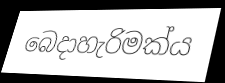
බෙදාහැරිමක්ය